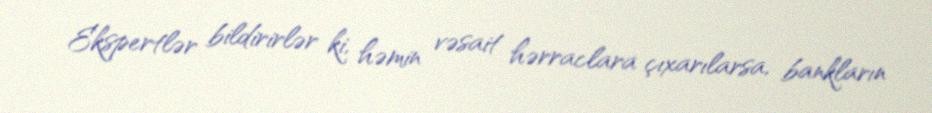
Ekspertlər bildirirlər ki, həmin vəsait hərraclara çıxarılarsa, bankların